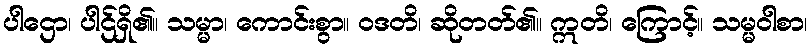
ပါဌော၊ ပါဌ်ရှိ၏။ သမ္မာ၊ ကောင်းစွာ။ ဝဒတိ၊ ဆိုတတ်၏။ ဣတိ၊ ကြောင့်။ သမ္မဝါစာ၊